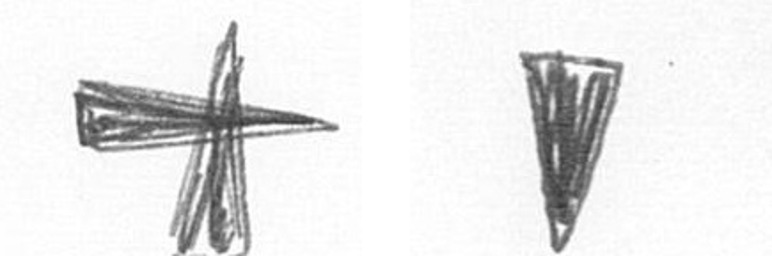
G J